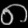
Digit: ၈